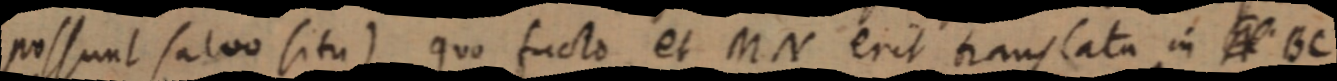
possunt salvo situ) quo facto et MN erit translata in _ BC